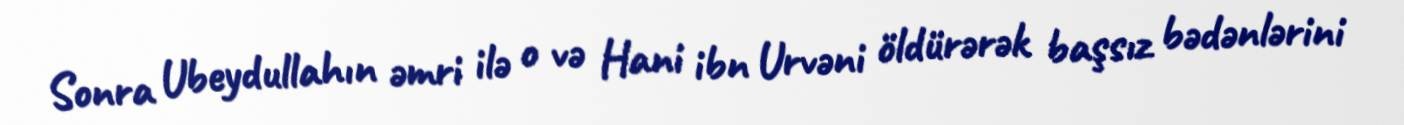
Sonra Ubeydullahın əmri ilə o və Hani ibn Urvəni öldürərək başsız bədənlərini